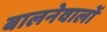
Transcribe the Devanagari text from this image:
बालनेवालों